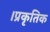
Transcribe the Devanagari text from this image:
।प्रकृतिक